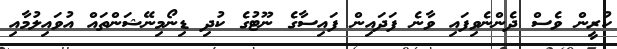
ކުރީން ވެސް ދެންނެވިފައި ވާނެ ފަދައިން ފައިސާގެ ނޫޓުގެ ކުދި ޑިނޯމިނޭޝަންތައް އުވައިލުމާއި